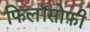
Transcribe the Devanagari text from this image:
फिलॉसोफ़ी